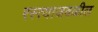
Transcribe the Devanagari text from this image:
रस्त्याजवळील